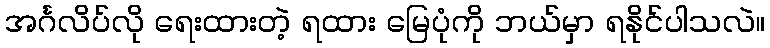
အင်္ဂလိပ်လို ရေးထားတဲ့ ရထား မြေပုံကို ဘယ်မှာ ရနိုင်ပါသလဲ။